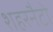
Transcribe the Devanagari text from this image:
शहरनैटो